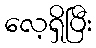
လေ့ရှိပြီး